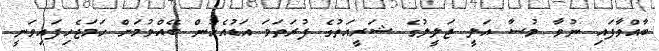
ބާއްވާފައި ނުވާ މުސާ އަލީ ޖަލީލުގެ ޝަރީއަތުގެ ފުރަތަމަ އަޑުއެހުން ބޭއްވުމަށް ހަމަޖެހިފައިވަނީ